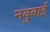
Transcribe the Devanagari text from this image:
नवुबाई